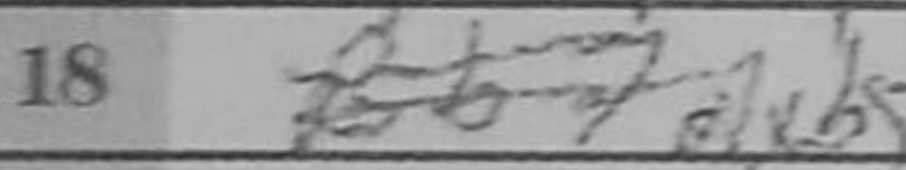
Transcription: Bxb5